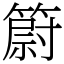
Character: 𥳀